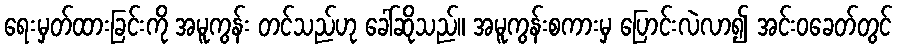
ရေးမှတ်ထားခြင်းကို အမူကွန်း တင်သည်ဟု ခေါ်ဆိုသည်။ အမူကွန်းစကားမှ ပြောင်းလဲလာ၍ အင်းဝခေတ်တွင်